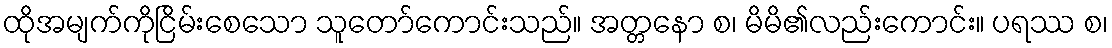
ထိုအမျက်ကိုငြိမ်းစေသော သူတော်ကောင်းသည်။ အတ္တနော စ၊ မိမိ၏လည်းကောင်း။ ပရဿ စ၊